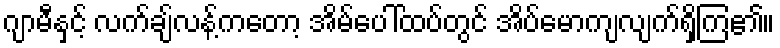
ဂျာမီနှင့် လက်ချ်လန့်ကတော့ အိမ်ပေါ်ထပ်တွင် အိပ်မောကျလျက်ရှိကြ၏။